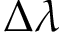
\Delta \lambda